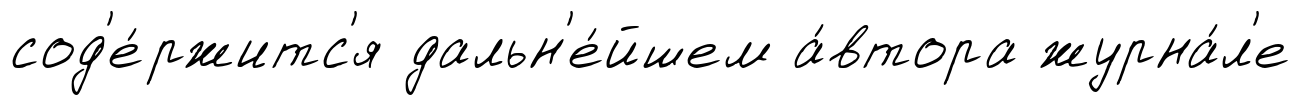
сод'е́ржитс'я дальн'е́йшем а́втора журна́л'е